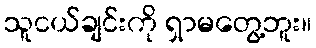
သူငယ်ချင်းကို ရှာမတွေ့ဘူး။